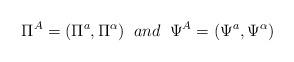
LaTeX: \begin{align*}\Pi^{A}=(\Pi^{a},\Pi^{\alpha}) \;\;and \;\;\Psi^{A}=(\Psi^{a},\Psi^{\alpha})\end{align*}